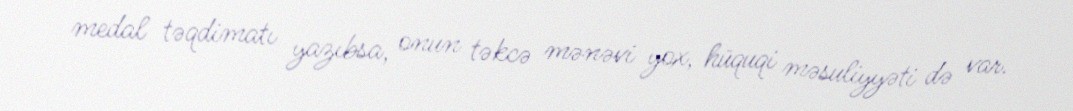
medal təqdimatı yazıbsa, onun təkcə mənəvi yox, hüquqi məsuliyyəti də var.